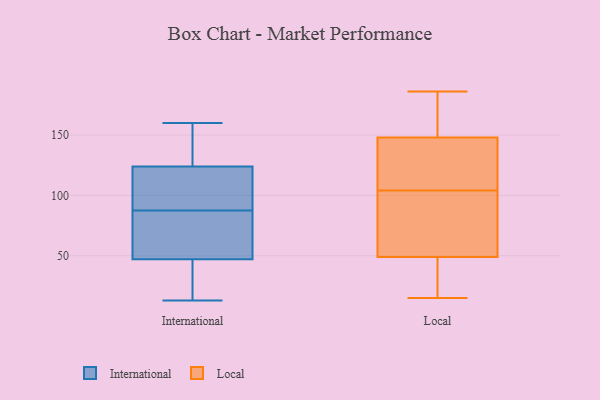
{"axis": {"x": "Satisfaction Score", "y": "Value"}, "legend": ["International", "Local"], "data": [{"x": "", "y": 75, "type": "International"}, {"x": "", "y": 32, "type": "International"}, {"x": "", "y": 124, "type": "International"}, {"x": "", "y": 160, "type": "International"}, {"x": "", "y": 144, "type": "International"}, {"x": "", "y": 71, "type": "International"}, {"x": "", "y": 100, "type": "International"}, {"x": "", "y": 13, "type": "International"}, {"x": "", "y": 47, "type": "International"}, {"x": "", "y": 112, "type": "International"}, {"x": "", "y": 104, "type": "Local"}, {"x": "", "y": 39, "type": "Local"}, {"x": "", "y": 143, "type": "Local"}, {"x": "", "y": 149, "type": "Local"}, {"x": "", "y": 186, "type": "Local"}, {"x": "", "y": 67, "type": "Local"}, {"x": "", "y": 43, "type": "Local"}, {"x": "", "y": 34, "type": "Local"}, {"x": "", "y": 145, "type": "Local"}, {"x": "", "y": 86, "type": "Local"}, {"x": "", "y": 82, "type": "Local"}, {"x": "", "y": 15, "type": "Local"}, {"x": "", "y": 162, "type": "Local"}, {"x": "", "y": 179, "type": "Local"}, {"x": "", "y": 143, "type": "Local"}]}